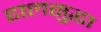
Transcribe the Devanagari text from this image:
ढालसुद्धा